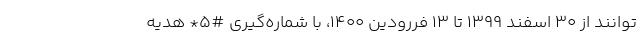
توانند از 30 اسفند 1399 تا 13 فررودین 1400، با شماره‌گیری #۵* هدیه